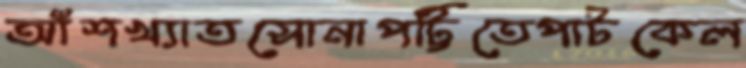
আঁশখ্যাতসোনাপট্টিতেপাটকেল